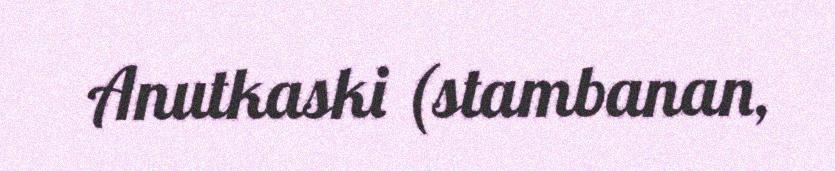
Anutkaski (stambanan,